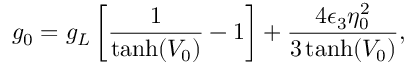
g _ { 0 } = g _ { L } \left[ \frac { 1 } { \operatorname { t a n h } ( V _ { 0 } ) } - 1 \right] + \frac { 4 \epsilon _ { 3 } \eta _ { 0 } ^ { 2 } } { 3 \operatorname { t a n h } ( V _ { 0 } ) } ,